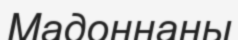
Мадоннаны